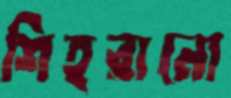
শিহরানো